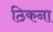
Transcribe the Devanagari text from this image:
ठिकना